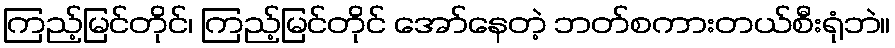
ကြည့်မြင်တိုင်၊ ကြည့်မြင်တိုင် အော်နေတဲ့ ဘတ်စကားတယ်စီးရုံဘဲ။